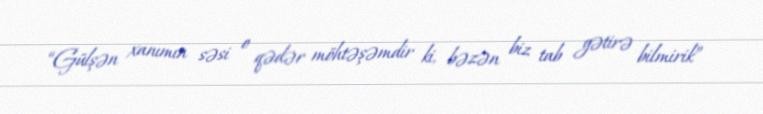
“Gülşən xanımın səsi o qədər möhtəşəmdir ki, bəzən biz tab gətirə bilmirik”